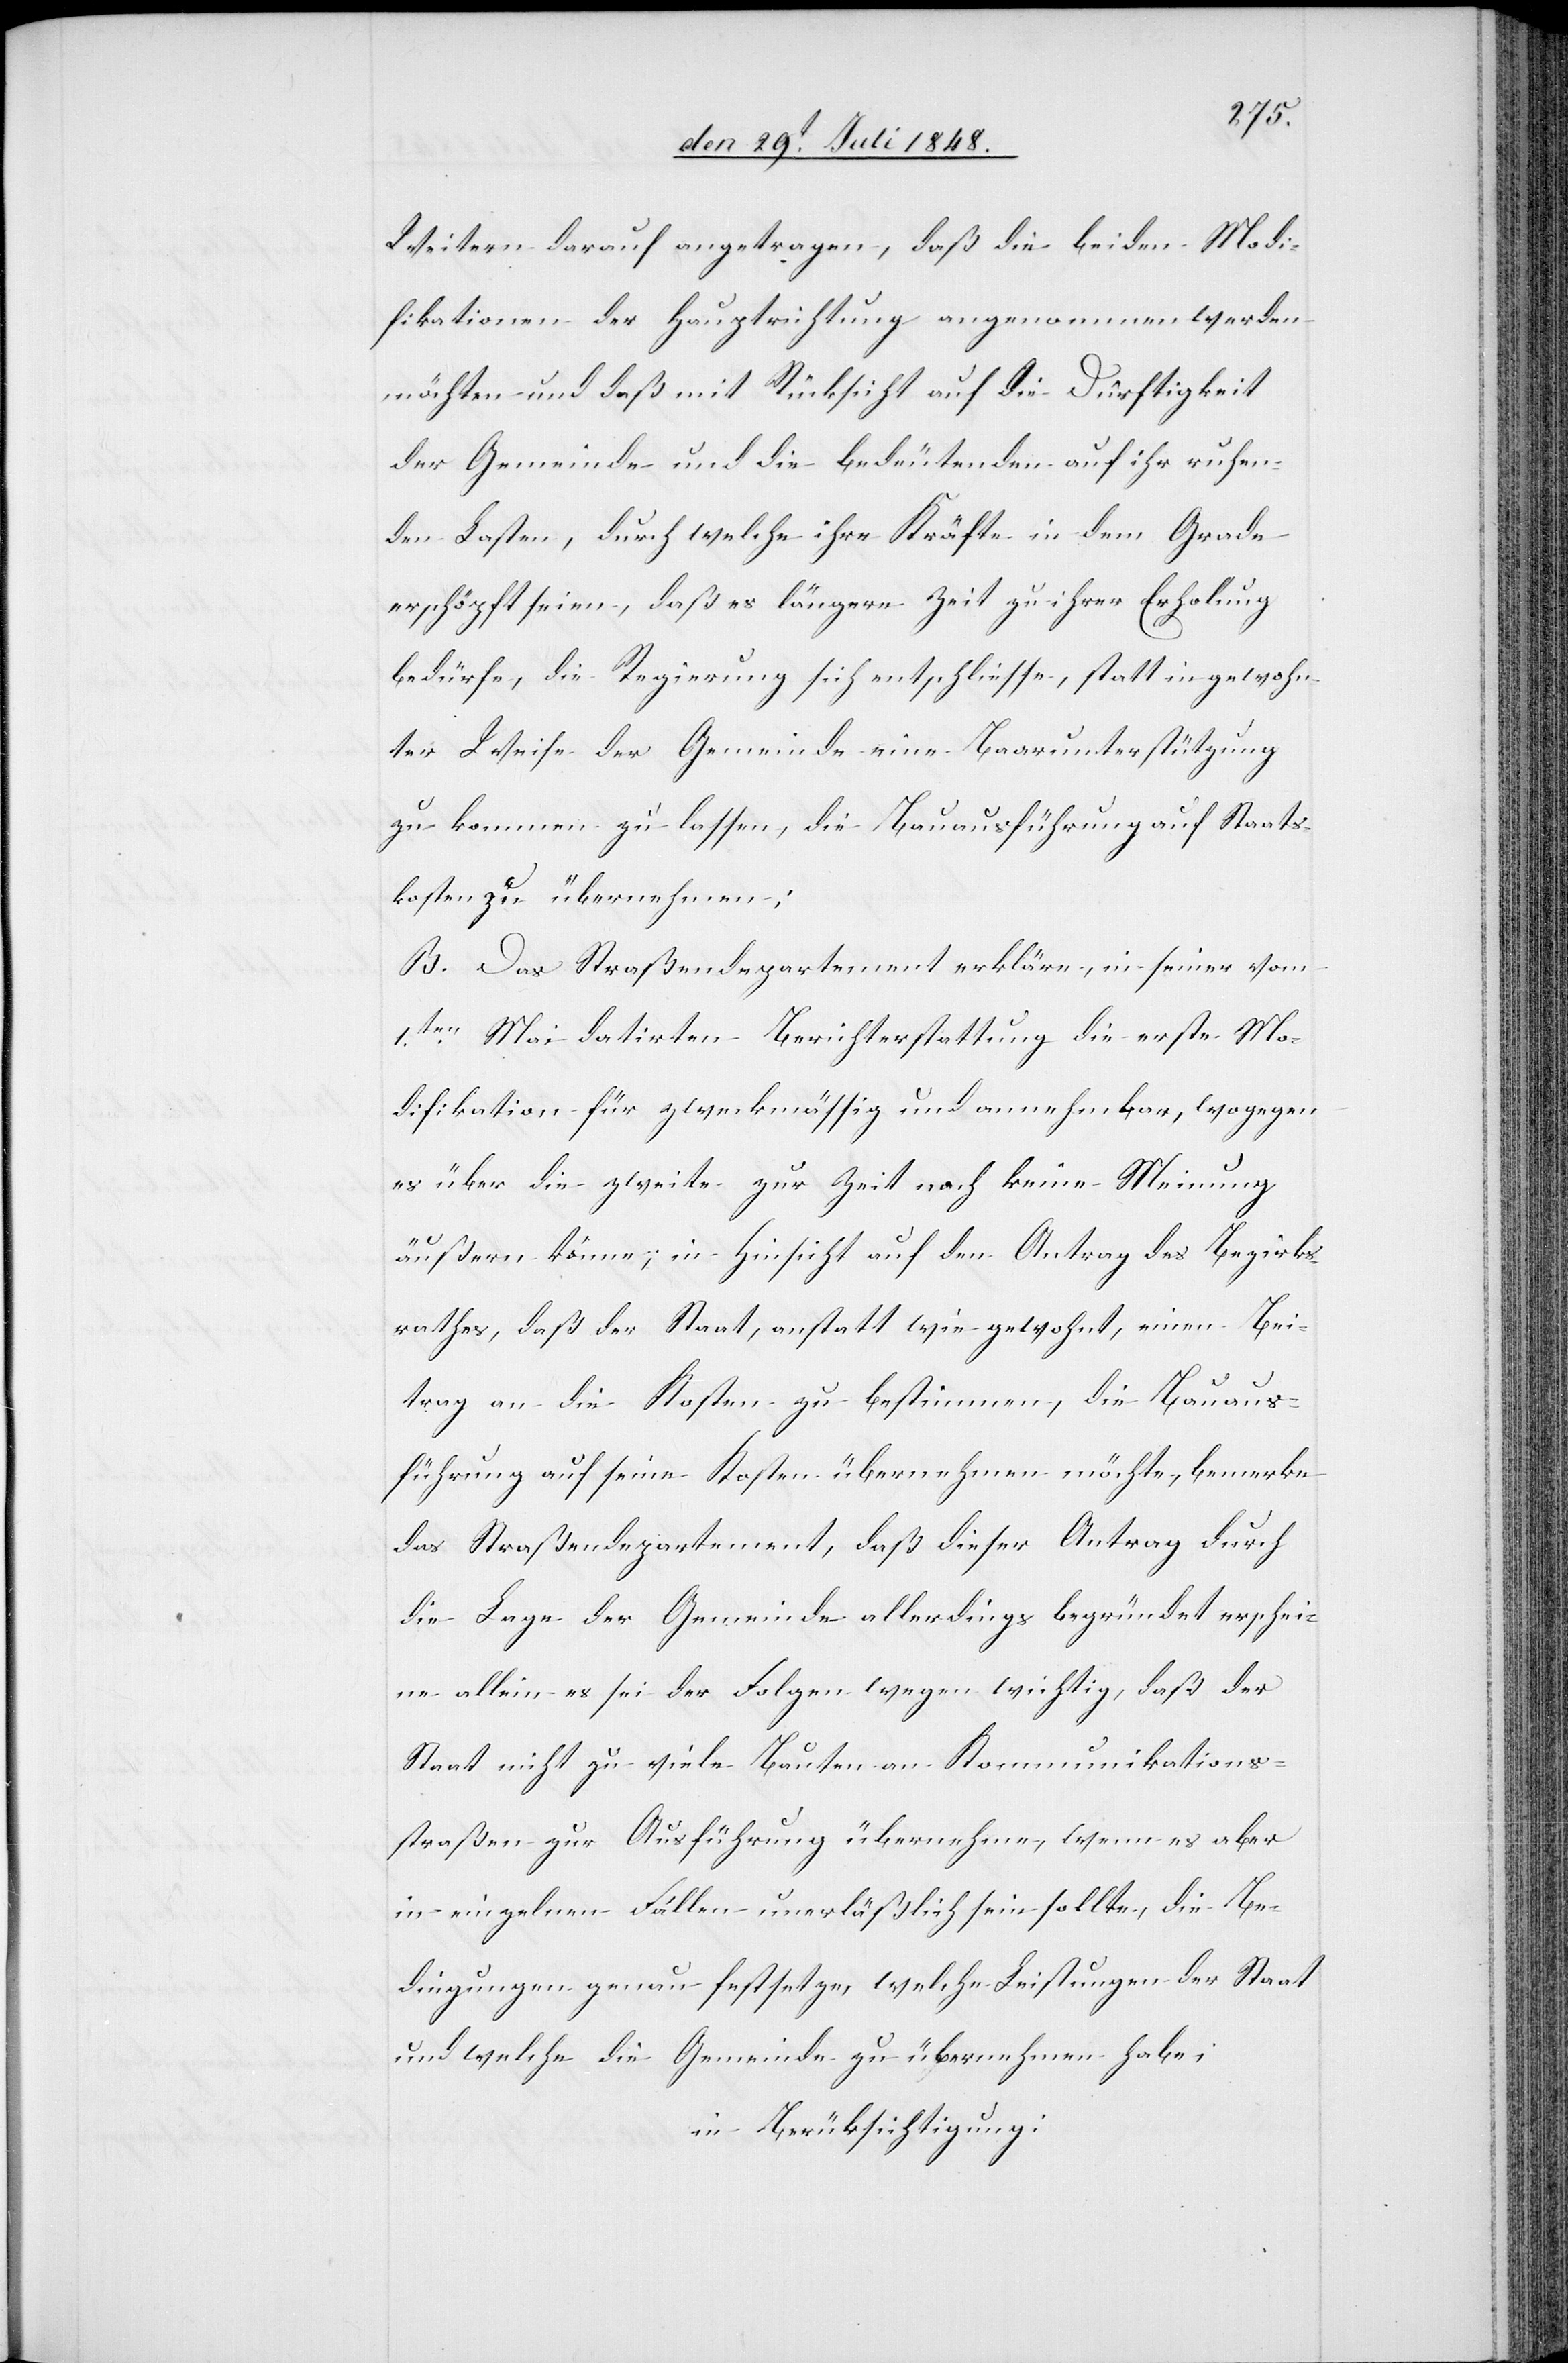
Weitern darauf angetragen, daß die beiden Modi¬
fikationen der Hauptrichtung angenommen werden
möchten und daß mit Rücksicht auf die Dürftigkeit
der Gemeinde und die bedeutenden auf ihr ruhen¬
den Lasten, durch welche ihre Kräfte in dem Grade
erschöpft seien, daß es längere Zeit zu ihrer Erholung
bedürfe, die Regierung sich entschließe, statt in gewohn¬
ter Weise der Gemeinde eine Baarunterstützung
zu kommen zu lassen, die Bauausführung auf Staats¬
kosten zu übernehmen;
B. Das Straßendepartement erklärte, in seiner vom
1ten Mai datirten Berichterstattung die erste Mo¬
difikation für zweckmäßig und annehmbar, wogegen
es über die zweite zur Zeit noch keine Meinung
äußern könne, in Hinsicht auf den Antrag des Bezirks¬
rathes, daß der Staat, anstatt wie gewohnt, einen Bei¬
trag an die Kosten zu bestimmen, die Bauaus¬
führung auf seine Kosten übernehmen möchte, bemerke
das Straßendepartement, daß dieser Antrag durch
die Lage der Gemeinde allerdings begründet erschei¬
ne allein es sei der Folgen wegen wichtig, daß der
Staat nicht zu viele Bauten an Kommunikations¬
straßen zur Ausführung übernehme, wenn es aber
in einzelnen Fällen unerläßlich sein sollte, die Be¬
dingungen genau festsetzen, welche Leistungen der Staat
und welche die Gemeinde zu übernehmen habe;
in Berücksichtigung: